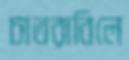
চাতরাবিলে